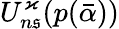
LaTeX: U_{n\mathfrak{s}}^{\varkappa}(p(\bar{{\alpha}}))